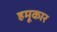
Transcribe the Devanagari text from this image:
हमूकार